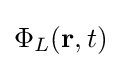
\Phi _{L}(\mathbf {r} ,t)